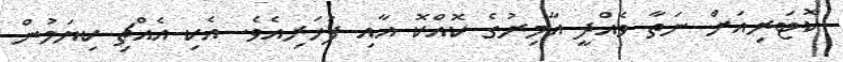
ކޮޓަރިއަށް ނަތާ ވެއްދީ އާމިރުގެ ކޮއްކޮ އާއި ފަހަރިއެވެ. އެކި އެއްޗިި ކިޔަމުން